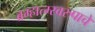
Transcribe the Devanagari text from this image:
ब्रम्हात्म्स्वरुपाचे